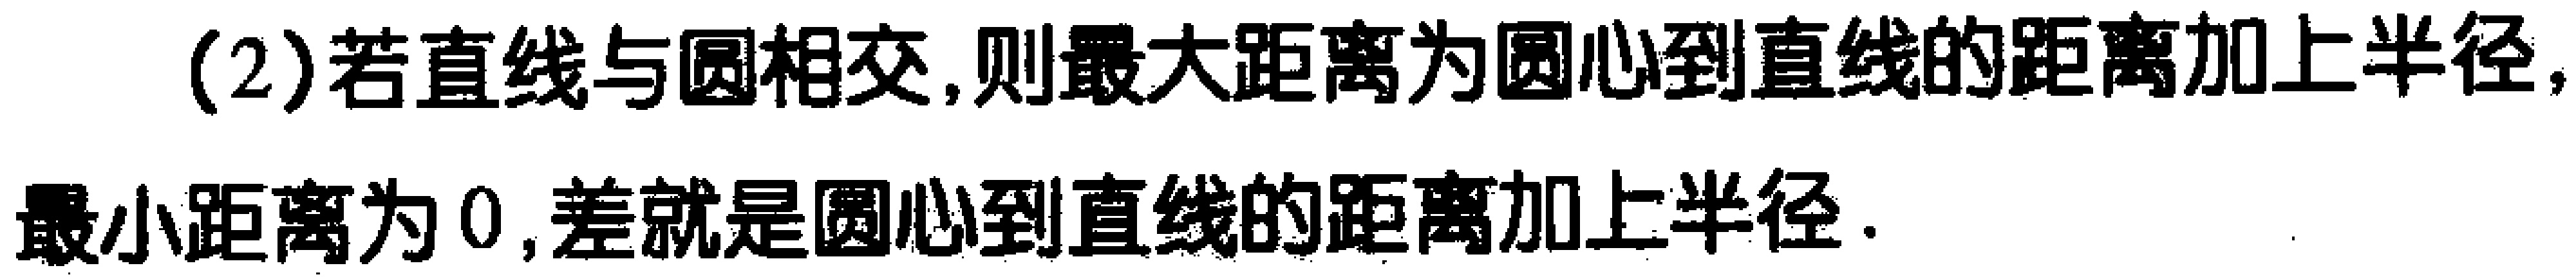
(2)若直线与圆相交,则最大距离为圆心到直线的距离加上半径,最小距离为0,差就是圆心到直线的距离加上半径.